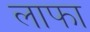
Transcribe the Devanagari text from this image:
लाफा